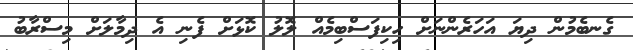
ގެނބެމުން ދިޔަ އަހަރެންނަށް ހިކިފަސްބިމެއް ލޮލު ކޮޅަށް ފެނި އެ ދިމާލަށް މިސްރާބު